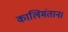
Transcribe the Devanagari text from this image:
कालिमंतान।